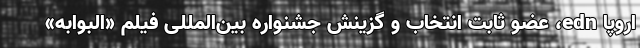
اروپا edn، عضو ثابت انتخاب و گزینش جشنواره بین‌المللی فیلم «البوابه»